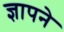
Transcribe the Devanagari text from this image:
ज्ञापने